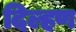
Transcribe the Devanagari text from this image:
दिल्हण